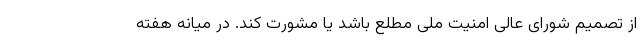
از تصمیم شورای عالی امنیت ملی مطلع باشد یا مشورت کند. در میانه هفته